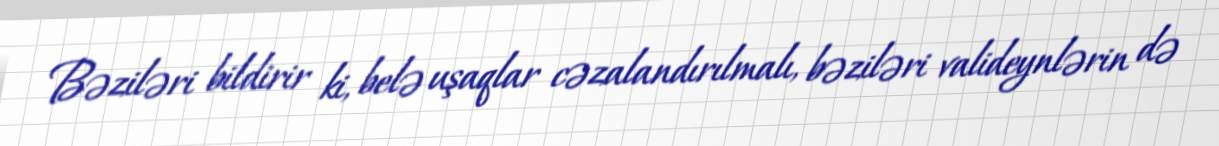
Bəziləri bildirir ki, belə uşaqlar cəzalandırılmalı, bəziləri valideynlərin də